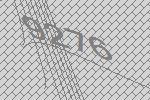
9276